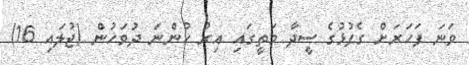
ވަނަ ފަހަރަށް ގެފުޅުގެ ސީދާ މަތީގައި އިރު ހުންނަ ދުވަހުން (ޖުލައި 16)